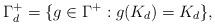
\begin{align*}\Gamma_d^+ = \{g \in \Gamma^+ : g(K_d) = K_d\},\end{align*}